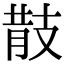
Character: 𢻎